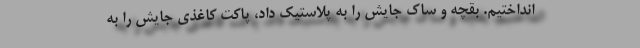
انداختیم. بقچه و ساک جایش را به پلاستیک داد، پاکت کاغذی جایش را به